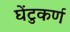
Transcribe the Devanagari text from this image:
घेंटुकर्ण